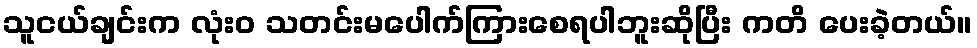
သူငယ်ချင်းက လုံးဝ သတင်းမပေါက်ကြားစေရပါဘူးဆိုပြီး ကတိ ပေးခဲ့တယ်။